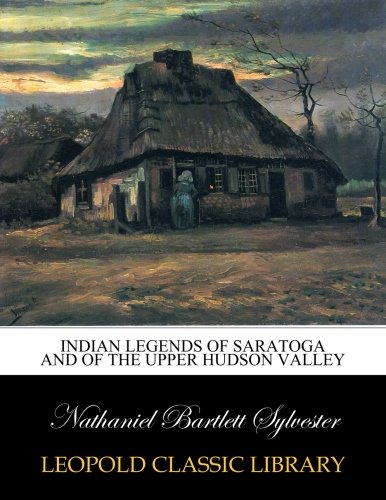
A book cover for Indian legends of Saratoga and of the upper Hudson Valley; Nathaniel Bartlett Sylvester; Religion & Spirituality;